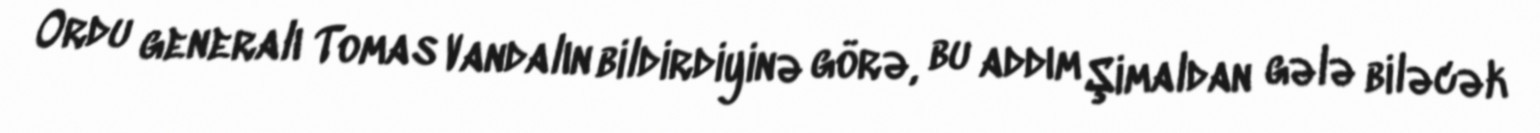
Ordu generalı Tomas Vandalın bildirdiyinə görə, bu addım Şimaldan gələ biləcək